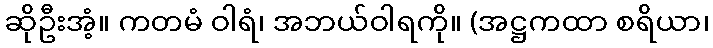
ဆိုဦးအံ့။ ကတမံ ဝါရံ၊ အဘယ်ဝါရကို။ (အဋ္ဌကထာ စရိယာ၊